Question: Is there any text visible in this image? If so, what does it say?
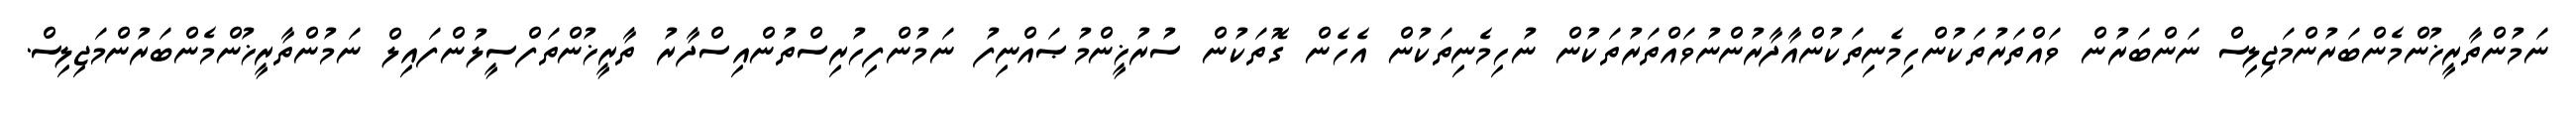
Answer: ނަމުންތާރީޚުންމެންބަރުންމަޖިލިސް ނަންބަރުން ވައްތަރުތަކުންހިމެނިތަކުންއާދާރުންނުވައްތަރުތަކުން ނުހިމެނިތަކުން އެހެން ގޮތަކުން ސުރުޚީންމުޞައްނިފު ނަމުންފިހުރިސްތުންއިސްދާރު ތާރީޚުންތަފްސީލުންފައިލް ނަމުންތާރީޚުންމެންބަރުންމަޖިލިސް.